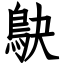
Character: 鴃